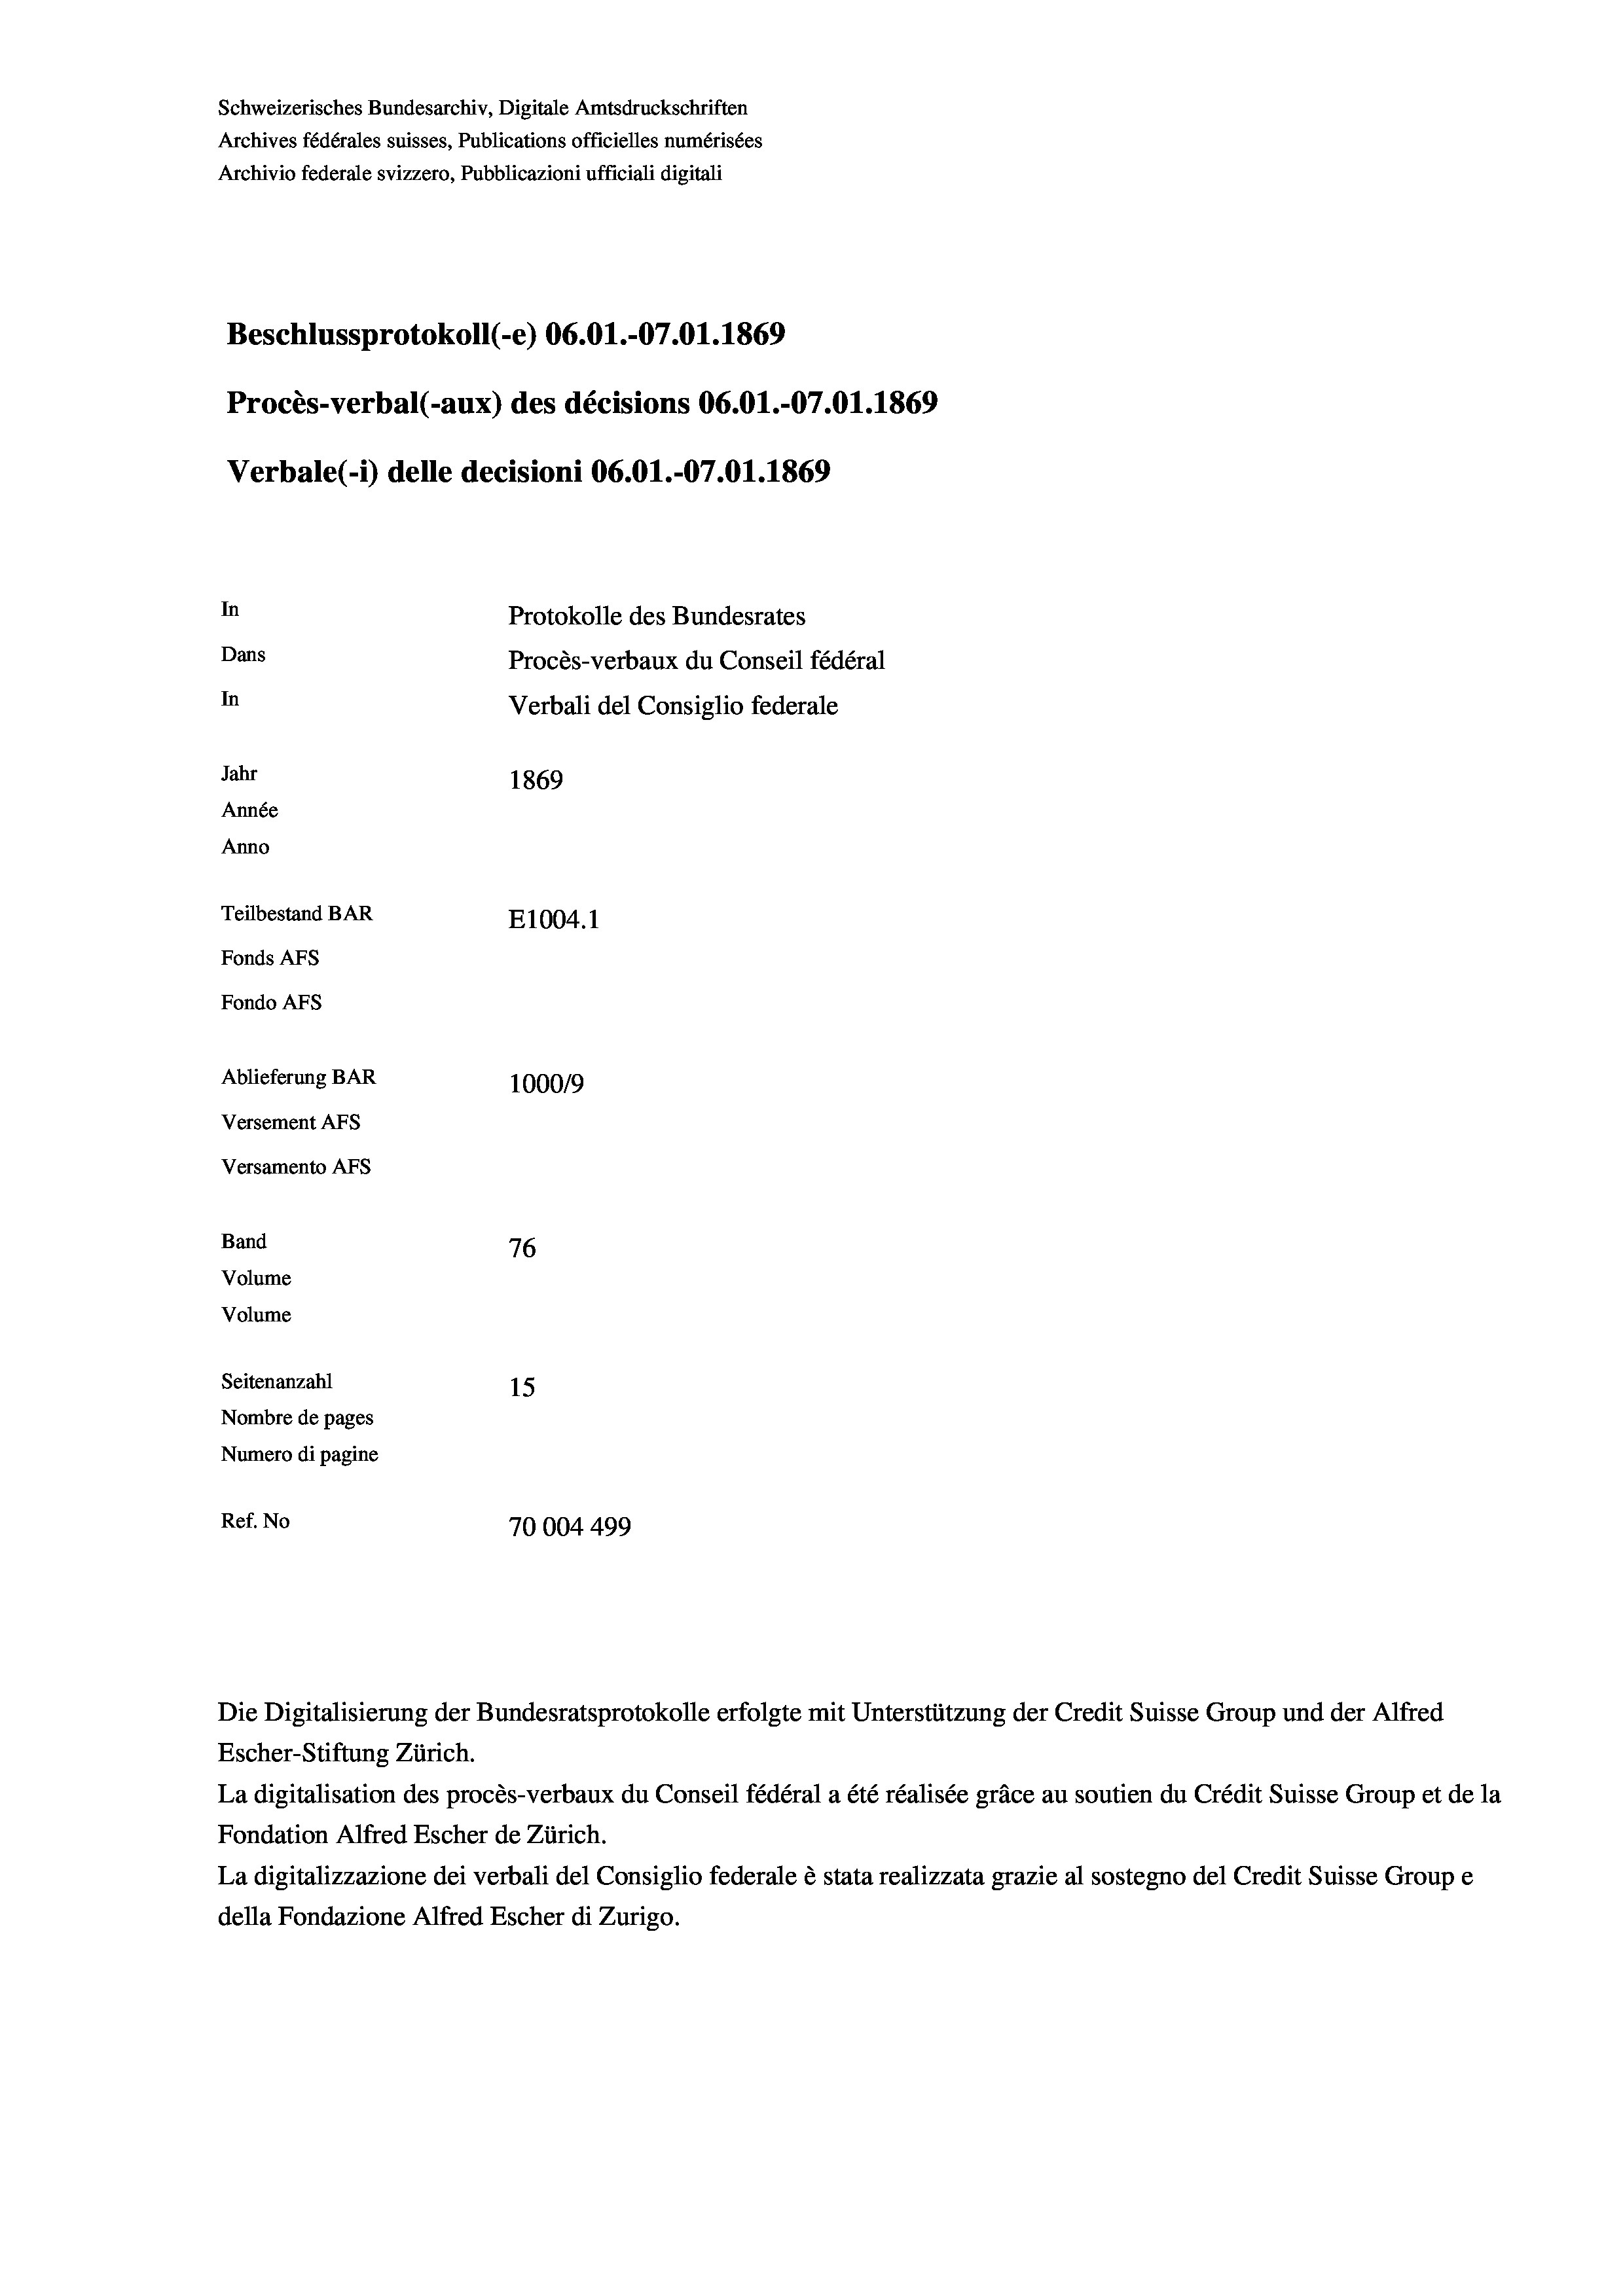
Schweizerisches Bundesarchiv, Digitale Amtsdruckschriften
Archives fédérales suisses, Publications officielles numérisées
Archivio federale svizzero, Pubblicazioni ufficiali digitali
Beschlussprotokoll (-e) 06.01.-07.01. 1869
Procès-verbal (-aux) des décisions 06.01.-07.01. 1869
Verbale (i) delle decisioni 06.01.-07.01. 1869
In
Protokolle des Bundesrates
Dans
Procès-verbaux du Conseil fédéral
In
Verbali del Consiglio federale
Jahr
1869
Année
Anno
Teilbestand BAR
E1004. 1
Fonds AFs
Fondo AFs
Ablieferung BAR
100019
Versement AFs
Versamento Afs
Band
76
Volume
Volume
Seitenanzahl
15

Nombre de pages
Numero di pagine
Ref. No
70004499

Escher-Stiftung Zürich.
La digitalisation des procès-verbaux du Conseil fédéral a été réalisée gräce au soutien du Crédit Suisse Group et de la
Fondation Alfred Escher de Zürich.
La digitalizzazione dei verbali del Consiglio federale è stata realizzata grazie al sostegno del Credit Suisse Groupe
della Fondazione Alfred Escher di Zurigo.

Die Digitalisierung der Bundesratsprotokolle erfolgte mit Unterstützung der Credit Suisse Group und der Alfred